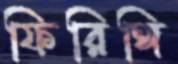
ফিরিঙ্গি